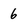
Character: 6